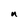
Character: n